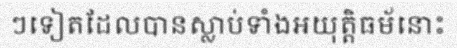
ៗទៀតដែលបានស្លាប់ទាំងអយុត្តិធម័នោះ